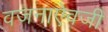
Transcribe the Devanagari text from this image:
वजनाऐवजी